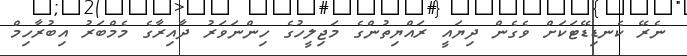
ނެރޭ ކެނޑިޑޭޓަކަށް ވެގެން ދިޔައީ ރައްޔިތުންގެ މަޖިލީހުގެ ހިންނަވަރު ދާއިރާގެ މެމްބަރު އިބުރާހިމް